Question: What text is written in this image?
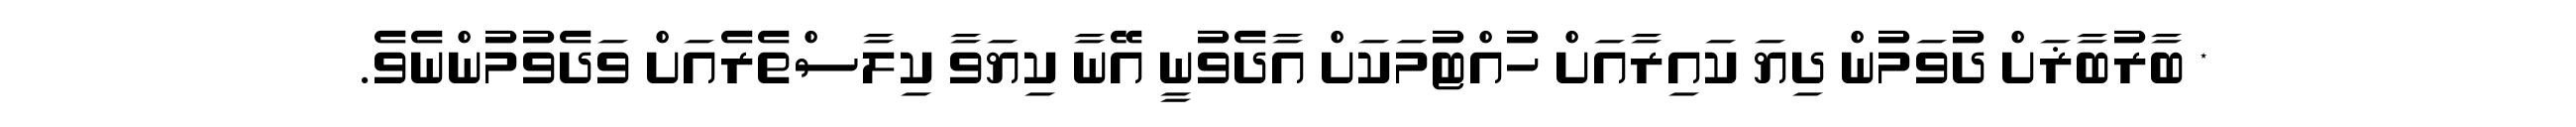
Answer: * ބާރުބާޜަށް ދުވަމުން ދިޔަ ކައިރާއަށް ހުއްޓުމަކަށް އާދެވުނީ އޭނާ ކިޔަވާ ކިލާސްތެރެއަށް ވަދެވުމުންނެވެ.